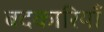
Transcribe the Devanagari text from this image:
बदकारियाँ